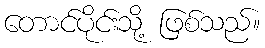
တောင်ပိုင်းသို့ ဖြစ်သည်။